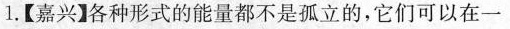
1.【嘉兴】各种形式的能量都不是孤立的，它们可以在一